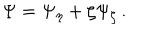
LaTeX: \Psi = \Psi _ { \eta } + \zeta \Psi _ { \zeta } \, .